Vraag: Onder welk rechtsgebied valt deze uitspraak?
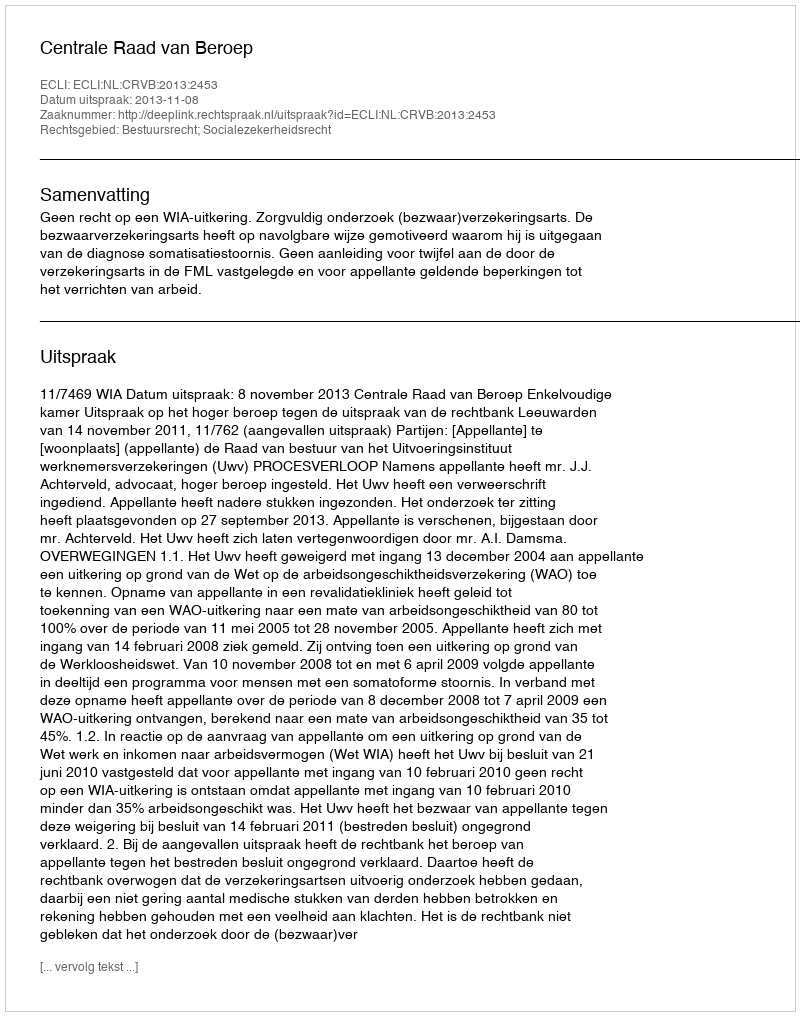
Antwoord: Bestuursrecht; Socialezekerheidsrecht